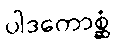
ပါဒကောစ္ဆံ